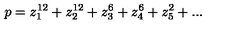
p = z _ { 1 } ^ { 1 2 } + z _ { 2 } ^ { 1 2 } + z _ { 3 } ^ { 6 } + z _ { 4 } ^ { 6 } + z _ { 5 } ^ { 2 } + . . .